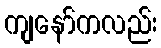
ကျနော်ကလည်း